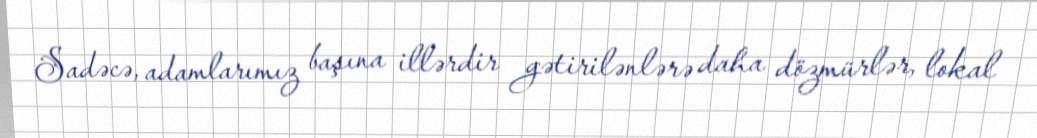
Sadəcə, adamlarımız başına illərdir gətirilənlərə daha dözmürlər, lokal